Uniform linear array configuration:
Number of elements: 8
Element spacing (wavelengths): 1
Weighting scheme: cosine
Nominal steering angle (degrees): -60
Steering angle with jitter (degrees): -59.01
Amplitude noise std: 0.05
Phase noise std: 0.05

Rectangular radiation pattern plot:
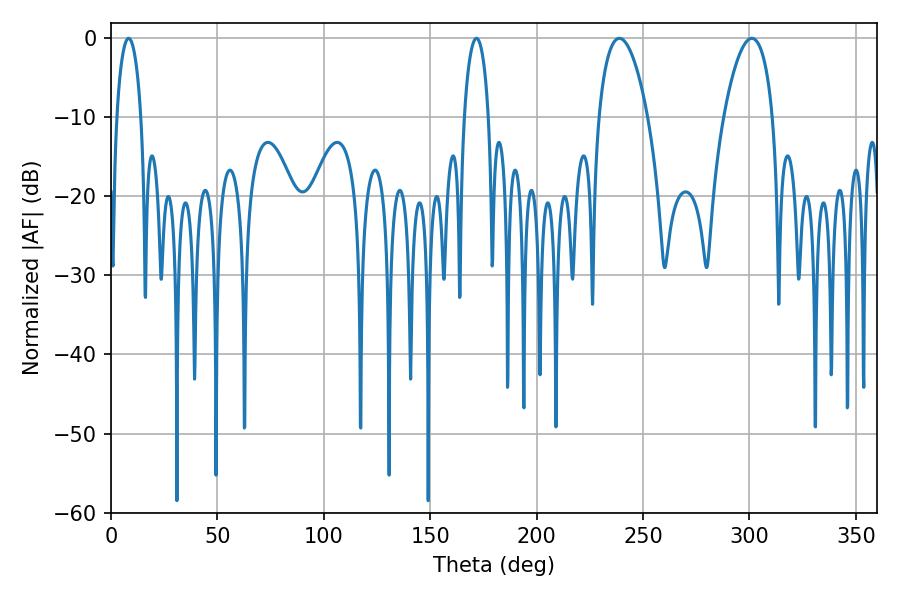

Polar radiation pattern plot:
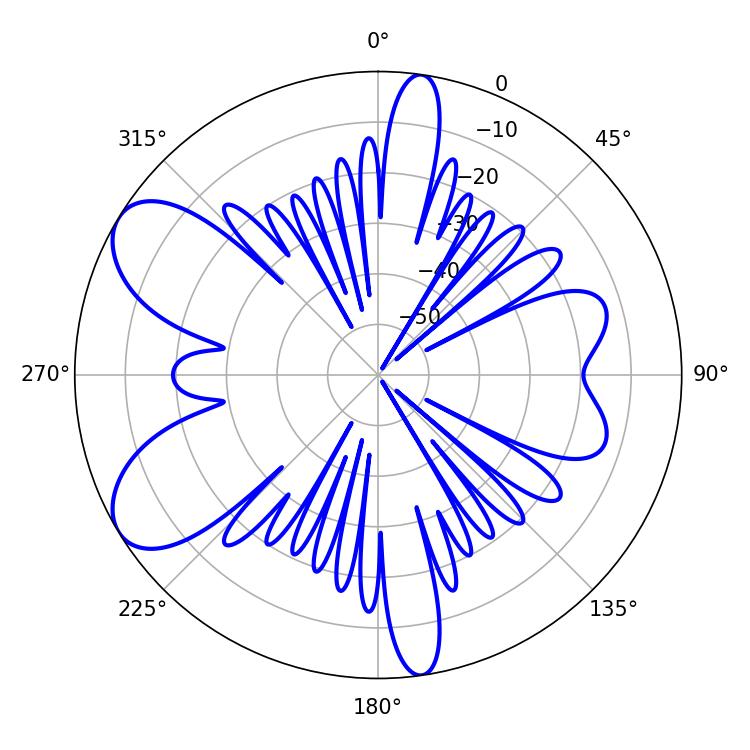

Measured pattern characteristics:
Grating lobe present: TRUE
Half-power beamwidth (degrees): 6.48
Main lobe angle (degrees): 8.28